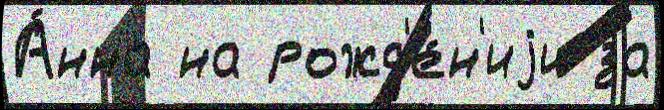
А́нна на рожд'е́н'иjи за